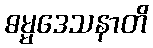
ဓမ္မဒေသနာတိ